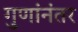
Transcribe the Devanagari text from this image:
गुणांनंतर